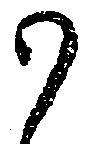
か